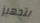
بتجهيز